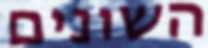
השונים